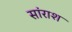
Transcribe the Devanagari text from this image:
सांराश